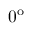
0 ^ { \mathrm { o } }